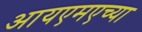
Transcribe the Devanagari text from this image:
आयएमएच्या